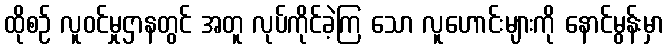
ထိုစဉ် လူဝင်မှုဌာနတွင် အတူ လုပ်ကိုင်ခဲ့ကြ သော လူဟောင်းများကို နောင်မွန်းမှာ